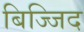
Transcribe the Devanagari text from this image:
बिज्जिद